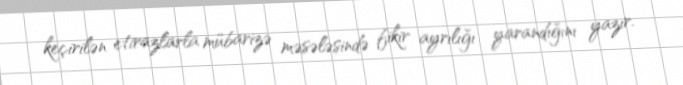
keçirilən etirazlarla mübarizə məsələsində fikir ayrılığı yarandığını yazır.